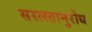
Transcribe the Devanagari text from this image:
सरलतानुरोध